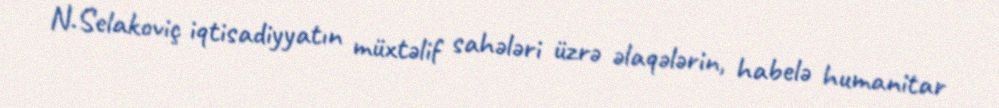
N.Selakoviç iqtisadiyyatın müxtəlif sahələri üzrə əlaqələrin, habelə humanitar